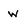
Character: w